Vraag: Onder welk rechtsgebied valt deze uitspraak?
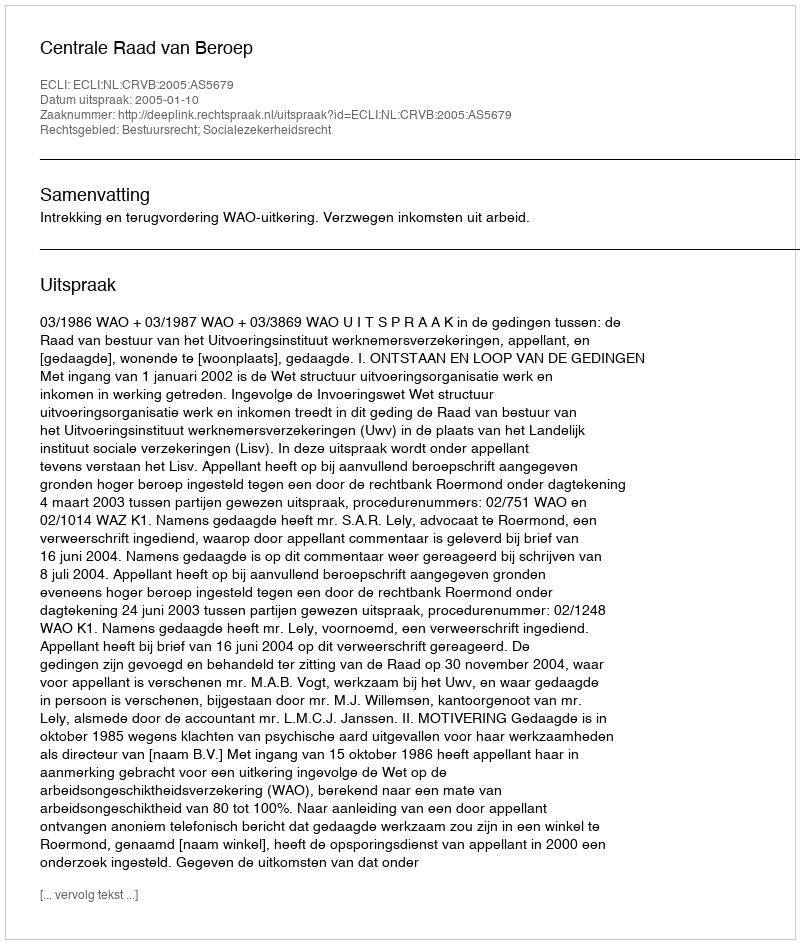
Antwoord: Bestuursrecht; Socialezekerheidsrecht